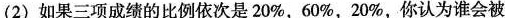
(2)如果三项成绩的比例依次是20%，60%，20%，你认为谁会被